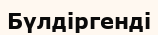
Бүлдіргенді